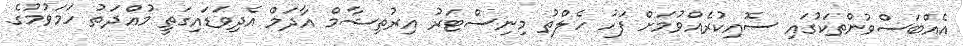
އެއްބަސްވުންތަކުގައި ސޮއިކުރެއްވުމަށް ފަހު ހެލްތު މިނިސްޓަރު އިރުތިޝާމް އާދަމް އެދިވަޑައިގަތީ މުއްދަތު ހަމަވުމުގެ